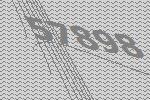
57898